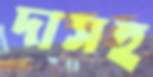
দাসহ